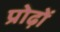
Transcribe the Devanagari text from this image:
प्रोढ़ों